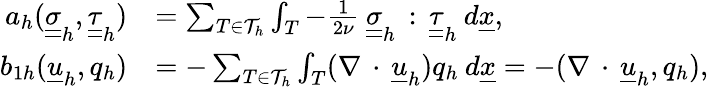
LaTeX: \begin{array}{rl}{a_{h}(\underline{{\underline{{\sigma}}}}_{h},\underline{{\underline{{\tau}}}}_{h})}&{=\sum_{T\in\mathcal{T}_{h}}\int_{T}-\frac{1}{2\nu}\: \underline{{\underline{{\sigma}}}}_{h}\, :\, \underline{{\underline{{\tau}}}}_{h}\: d\underline{{x}},}\\ {b_{1h}(\underline{{u}}_{h},q_{h})}&{=-\sum_{T\in\mathcal{T}_{h}}\int_{T}(\nabla\, \cdot\, \underline{{u}}_{h})q_{h}\: d\underline{{x}}=-(\nabla\, \cdot\, \underline{{u}}_{h},q_{h}),}\end{array}